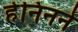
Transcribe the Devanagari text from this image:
हेनिनने